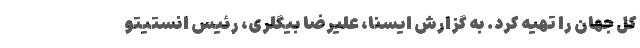
کل جهان را تهیه کرد. ‌به گزارش ایسنا، علیرضا بیگلری، رئیس انستیتو